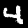
Digit: 4